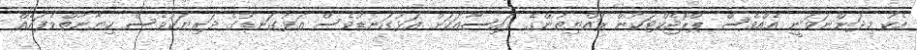
އެކު މިދަންނަވަނީ އެއްވެސް ޕްރޮޖެކްޓަކުން ރައްޔިތުންގެ ފައިސާއަކަށް އަޅުގަނޑުވެސް އަޅުގަނޑުގެ ދަރިޔަކުވެސް ހިޔާނާތްވެފައެއް